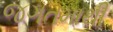
જગતમાથી